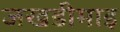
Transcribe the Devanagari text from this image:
जखडीमाइ